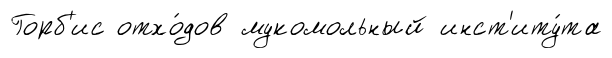
Горб'ис отхо́дов мукомольный инст'иту́та